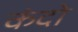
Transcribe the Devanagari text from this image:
कंदो